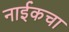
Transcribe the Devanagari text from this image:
नाईकचा